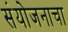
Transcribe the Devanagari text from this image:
संयोजनाचा